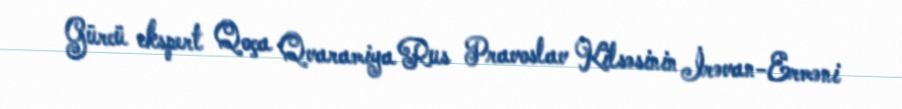
Gürcü ekspert Qoça Qvaramiya Rus Pravoslav Kilsəsinin İrəvan-Erməni